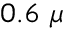
0 . 6 ~ \mu